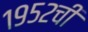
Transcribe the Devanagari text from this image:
१९५२ची